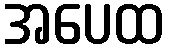
အပေထ